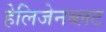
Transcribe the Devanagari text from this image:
हेलिजेनब्लट